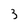
Character: 3